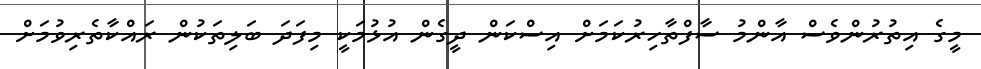
މީގެ އިތުރުންވެސް އާންމު ސާފްތާހިރުކަމަށް އިސްކަން ދީގެން އުޅުމަކީ މިފަދަ ބަލިތަކުން ރައްކާތެރިވުމަށް